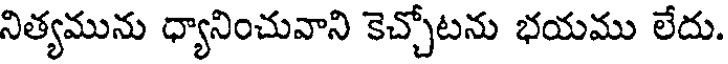
నిత్యమును ధ్యానించువాని కెచ్చోటను భయము లేదు.